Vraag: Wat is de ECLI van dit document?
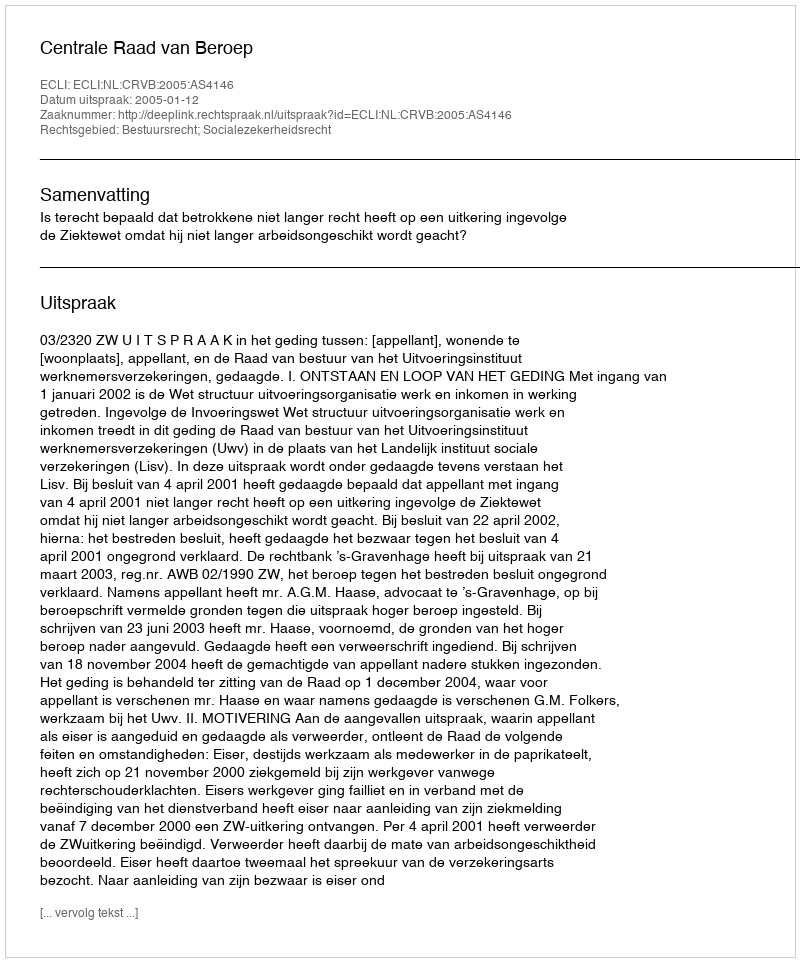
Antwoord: ECLI:NL:CRVB:2005:AS4146